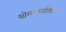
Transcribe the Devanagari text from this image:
योग्यकर्तासोबत